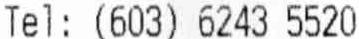
TEL: (603) 6243 5520